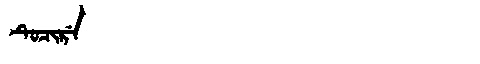
Manchu: ᡨᡠᠴᡳᡵᡝ
Romanization: TUCIRE